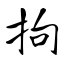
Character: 拘